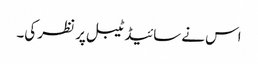
اس نے سائیڈ ٹیبل پر نظر کی۔